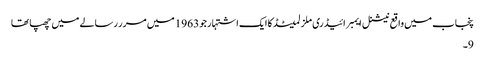
پنجاب میں واقع نیشنل ایمبرائیڈری ملز لمیٹڈ کا ایک اشتہار جو 1963 میں مرر رسالے میں چھپا تھا
9۔